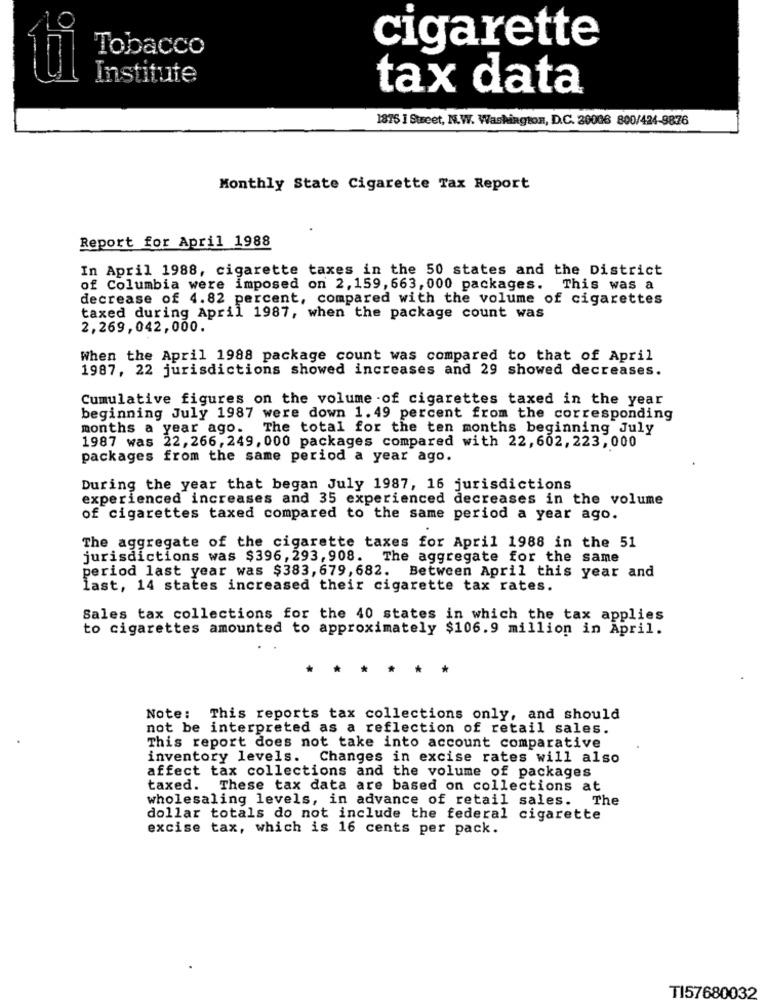
Tobacco
cigarette
95
Institute
tax data
1875 ] Street, N.W. Washington, D.C. 20006 800/424-9876
Monthly State Cigarette Tax Report
Report for April 1988
In April 1988, cigarette taxes in the 50 states and the District
of Columbia were imposed on 2, 159, 663, 000 packages. This was a
decrease of 4.82 percent, compared with the volume of cigarettes
taxed during April 1987, when the package count was
2,269,042,000.
When the April 1988 package count was compared to that of April
1987, 22 jurisdictions showed increases and 29 showed decreases.
Cumulative figures on the volume of cigarettes taxed in the year
beginning July 1987 were down 1.49 percent from the corresponding
months a year ago. The total for the ten months beginning July
1987 was 22,266,249, 000 packages compared with 22,602, 223,000
packages from the same period a year ago.
During the year that began July 1987, 16 jurisdictions
experienced increases and 35 experienced decreases in the volume
of cigarettes taxed compared to the same period a year ago.
The aggregate of the cigarette taxes for April 1988 in the 51
jurisdictions was $396, 293, 908. The aggregate for the same
period last year was $383, 679, 682. Between April this year and
last, 14 states increased their cigarette tax rates.
Sales tax collections for the 40 states in which the tax applies
to cigarettes amounted to approximately $106.9 million in April.
. .
**
* *
Note: This reports tax collections only, and should
not be interpreted as a reflection of retail sales.
This report does not take into account comparative
inventory levels. Changes in excise rates will also
affect tax collections and the volume of packages
taxed. These tax data are based on collections at
wholesaling levels, in advance of retail sales. The
dollar totals do not include the federal cigarette
excise tax, which is 16 cents per pack.
TI57680032